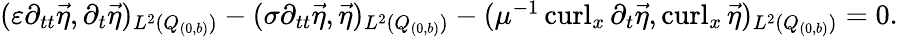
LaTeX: \begin{array}{r}{(\varepsilon\partial_{tt}\vec{\eta},\partial_{t}\vec{\eta})_{L^{2}(Q_{(0,b)})}-(\sigma\partial_{tt}\vec{\eta},\vec{\eta})_{L^{2}(Q_{(0,b)})}-(\mu^{-1}\operatorname{curl}_{x}\partial_{t}\vec{\eta},\operatorname{curl}_{x}\vec{\eta})_{L^{2}(Q_{(0,b)})}=0.}\end{array}